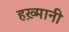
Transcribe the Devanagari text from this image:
हख़्मानी